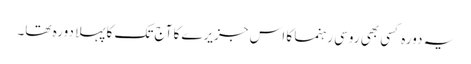
یہ دورہ کسی بھی روسی رہنما کا اس جزیرے کا آج تک کا پہلا دورہ تھا۔